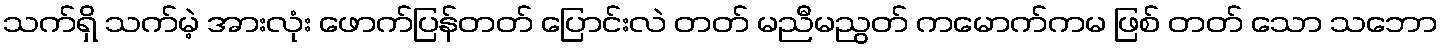
သက်ရှိ သက်မဲ့ အားလုံး ဖောက်ပြန်တတ် ပြောင်းလဲ တတ် မညီမညွတ် ကမောက်ကမ ဖြစ် တတ် သော သဘော